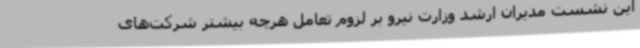
این نشست مدیران ارشد وزارت نیرو بر لزوم تعامل هرچه بیشتر شرکت‌های